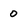
Character: 0